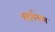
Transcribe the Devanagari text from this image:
प्रदर्शनास